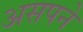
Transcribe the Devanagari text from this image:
असपने